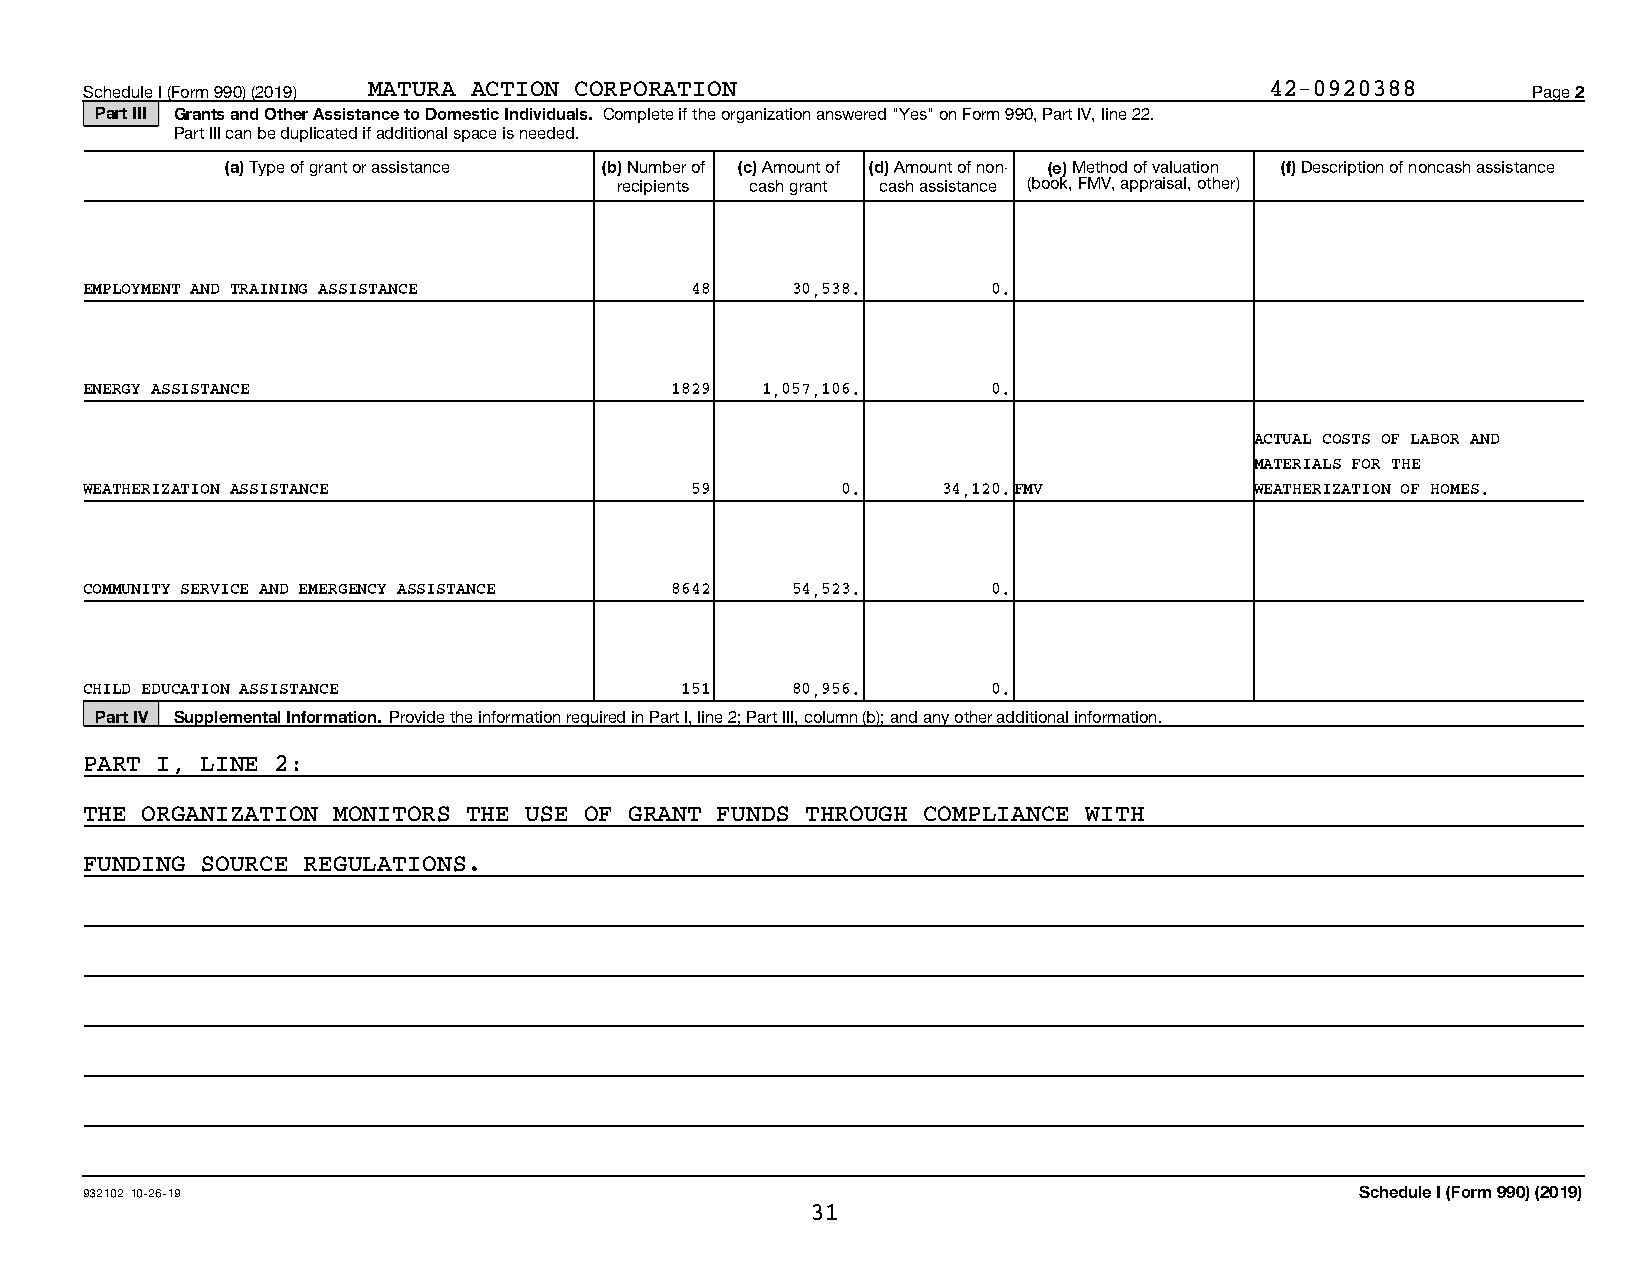
Schedule I (Form 990) (2019) MATURA ACTION CORPORATION                        42-0920388       Page 2
 Part III Grants and Other Assistance to Domestic Individuals. Complete if the organization answered "Yes" on Form 990, Part IV, line 22.
 Part III can be duplicated if additional space is needed.
 (a) Type of grant or assistance (b) Number of (c) Amount of (d) Amount of non- (e) Method of valuation (f) Description of noncash assistance
 recipients cash grant cash assistance (book, FMV, appraisal, other)
 EMPLOYMENT AND TRAINING ASSISTANCE      48    30,538.       0.
 ENERGY ASSISTANCE                     1829  1,057,106.      0.
 ACTUAL COSTS OF LABOR AND
 MATERIALS FOR THE
 WEATHERIZATION ASSISTANCE               59        0.    34,120.FMV           WEATHERIZATION OF HOMES.
 COMMUNITY SERVICE AND EMERGENCY ASSISTANCE 8642 54,523.     0.
 CHILD EDUCATION ASSISTANCE             151    80,956.       0.
 Part IV Supplemental Information. Provide the information required in Part I, line 2; Part III, column (b); and any other additional information.
 PART I, LINE 2:
 THE ORGANIZATION MONITORS THE USE OF GRANT FUNDS THROUGH COMPLIANCE WITH
 FUNDING SOURCE REGULATIONS.
 932102 10-26-19                                                                     Schedule I (Form 990) (2019)
 31